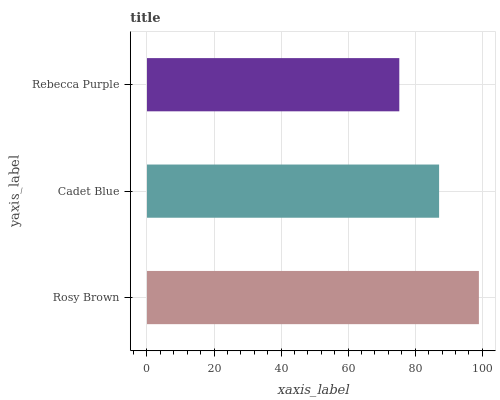
| yaxis_label | bars |
 | --- | --- |
 | Rosy Brown | 99 |
 | Cadet Blue | 87.1 |
 | Rebecca Purple | 75.3 |